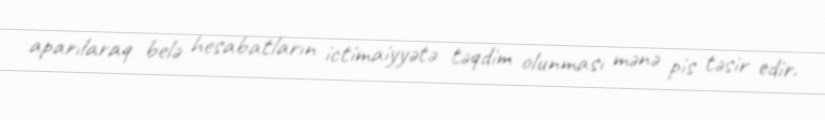
aparılaraq belə hesabatların ictimaiyyətə təqdim olunması mənə pis təsir edir.